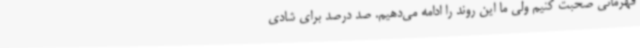
قهرمانی صحبت کنیم ولی ما این روند را ادامه می‌دهیم. صد درصد برای شادی